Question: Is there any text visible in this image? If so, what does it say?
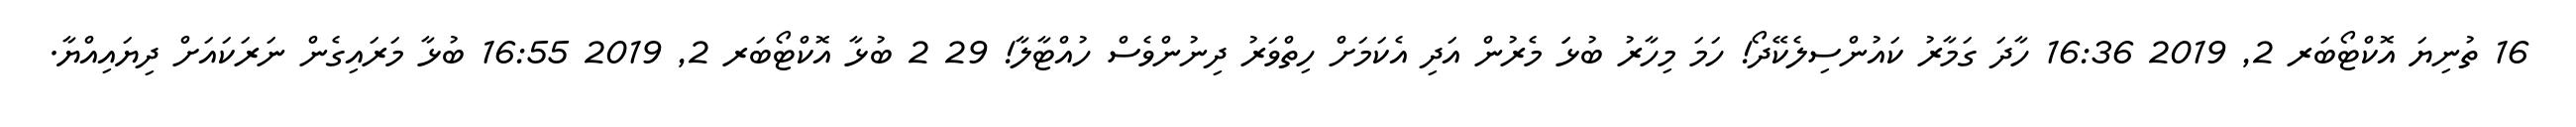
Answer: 16 ތުނިޔަ އޮކްޓޯބަރ 2, 2019 16:36 ހާދަ ގަމާރު ކައުންސިލެކޭދޯ! ހަމަ މިހާރު ބުޅަަ މެރުން އަދި އެކަމަށް ހިތްވަރު ދިނުންވެސް ހުއްޓާލާ! 29 2 ބުޅާ އޮކްޓޯބަރ 2, 2019 16:55 ބުޅާ މަރައިގެން ނަރަކައަށް ދިޔައިއްޔާ.